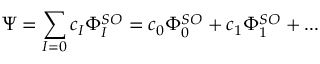
\Psi = \sum _ { I = 0 } c _ { I } \Phi _ { I } ^ { S O } = c _ { 0 } \Phi _ { 0 } ^ { S O } + c _ { 1 } \Phi _ { 1 } ^ { S O } + { . . . }